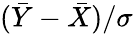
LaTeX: ({\bar{Y}}-{\bar{X}})/\sigma